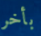
بأخر